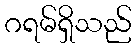
ဂရမ်ရှိသည်